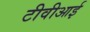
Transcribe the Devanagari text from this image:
टीवीआई